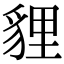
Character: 貍